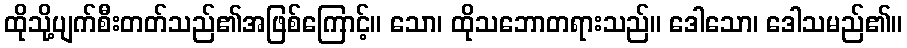
ထိုသို့ပျက်စီးတတ်သည်၏အဖြစ်ကြောင့်။ သော၊ ထိုသဘောတရားသည်။ ဒေါသော၊ ဒေါသမည်၏။